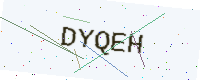
Text: DYQEH